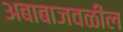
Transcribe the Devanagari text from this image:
अबाबाजवळील